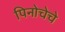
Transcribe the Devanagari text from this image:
पिनोचेचे